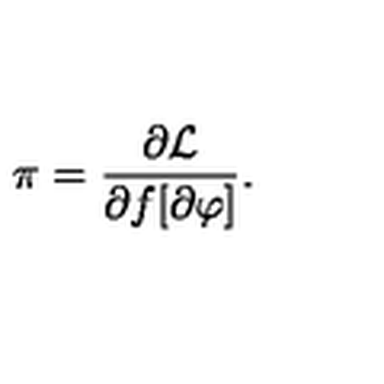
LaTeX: \pi = \frac { \partial { \cal L } } { \partial f [ \partial \varphi ] } .